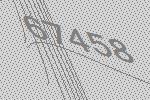
67458